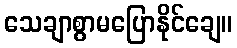
သေချာစွာမပြောနိုင်ချေ။